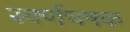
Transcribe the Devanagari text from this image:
स्वर्णचषक